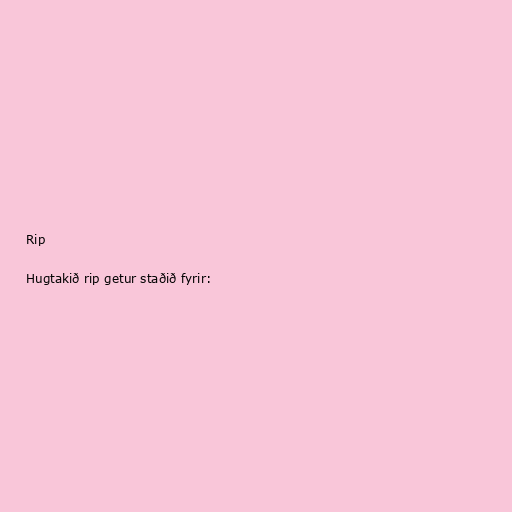
Rip

Hugtakið rip getur staðið fyrir: